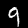
Digit: 9